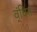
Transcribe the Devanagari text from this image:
व्ंचित